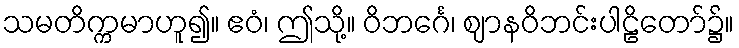
သမတိက္ကမာဟူ၍။ ဧဝံ၊ ဤသို့။ ဝိဘင်္ဂေ၊ ဈာနဝိဘင်းပါဠိတော်၌။